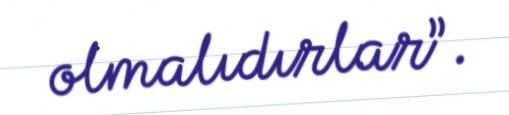
olmalıdırlar”.